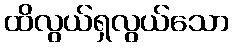
ထိလွယ်ရှလွယ်သော